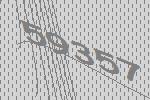
59357